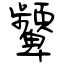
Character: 顰